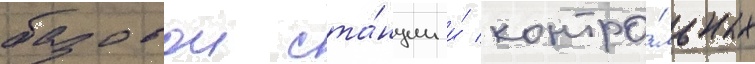
базовои ста́нции и́ контро́льных